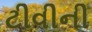
ટીવીની